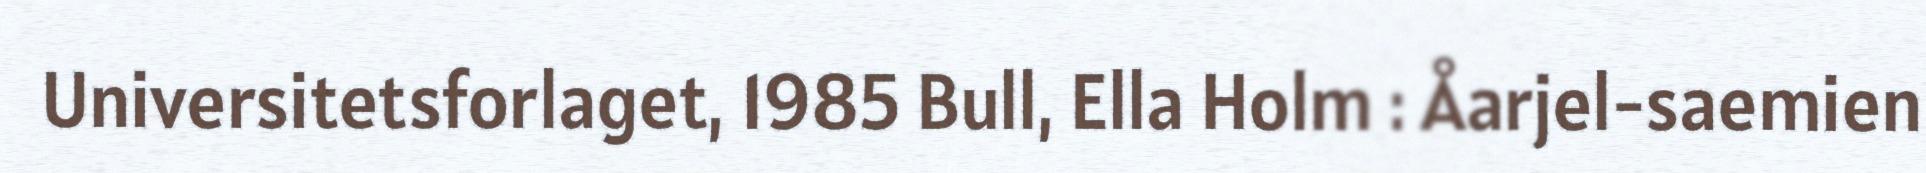
Universitetsforlaget, 1985 Bull, Ella Holm : Åarjel-saemien